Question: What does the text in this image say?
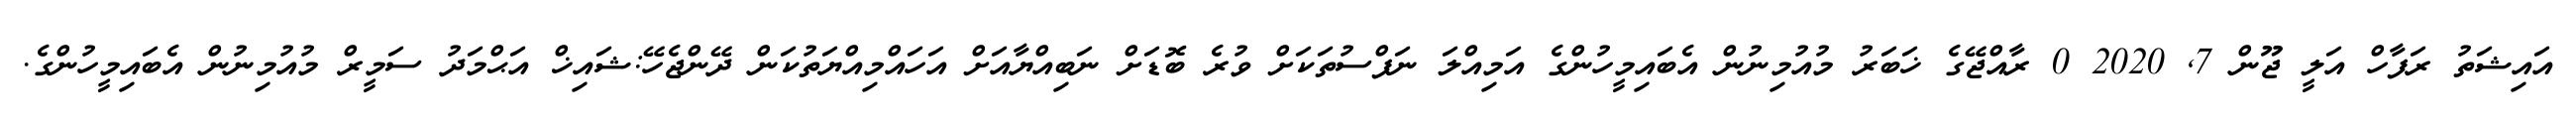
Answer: އައިޝަތު ރަފާހް އަލީ ޖޫން 7, 2020 0 ރާއްޖޭގެ ޚަބަރު މުއުމިނުން އެބައިމީހުންގެ އަމިއްލަ ނަފްސުތަކަށް ވުރެ ބޮޑަށް ނަބިއްޔާއަށް އަހައްމިއްޔަތުކަން ދޭންޖެހޭ:ޝައިޚް އަޙްމަދު ސަމީރް މުއުމިނުން އެބައިމީހުންގެ.